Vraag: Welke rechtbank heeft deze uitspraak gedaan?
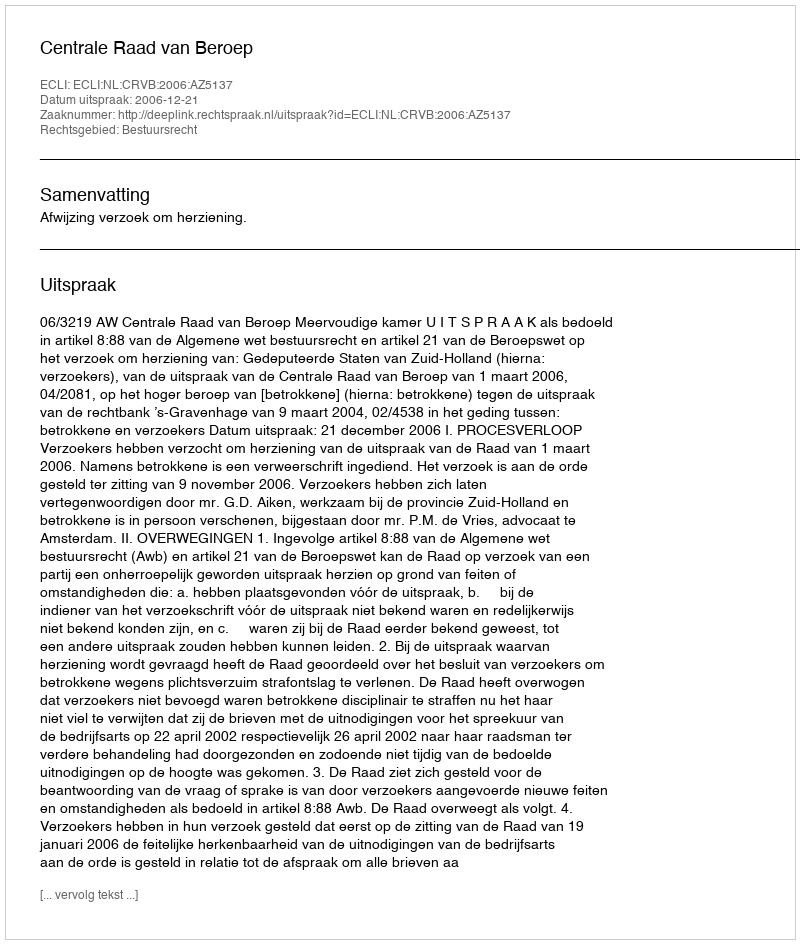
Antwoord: Centrale Raad van Beroep